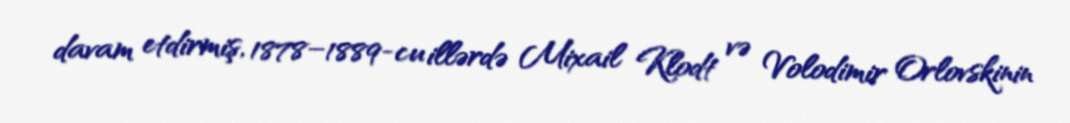
davam etdirmiş, 1878–1889-cu illərdə Mixail Klodt və Volodimir Orlovskinin